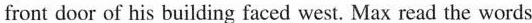
front door of his building faced west. Max read the words